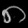
Digit: ၈